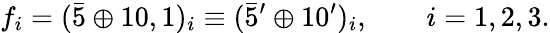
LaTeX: f_{i}=(\bar{5}\oplus 10,1)_{i}\equiv(\bar{5}^{\prime}\oplus 10^{\prime})_{i},\qquad i=1,2,3.